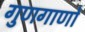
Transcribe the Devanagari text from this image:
गुणगाणों